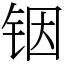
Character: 铟